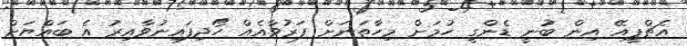
އެޗްޕީއޭ އިން ބުނީ ޑެންގީ ހުމަށް މިހާތަނަށް ފަރުވާއެއް ހޯދިފައިނުވާއިރު އެ ބައްޔަށް